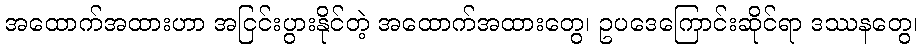
အထောက်အထားဟာ အငြင်းပွားနိုင်တဲ့ အထောက်အထားတွေ၊ ဥပဒေကြောင်းဆိုင်ရာ ဒဿနတွေ၊